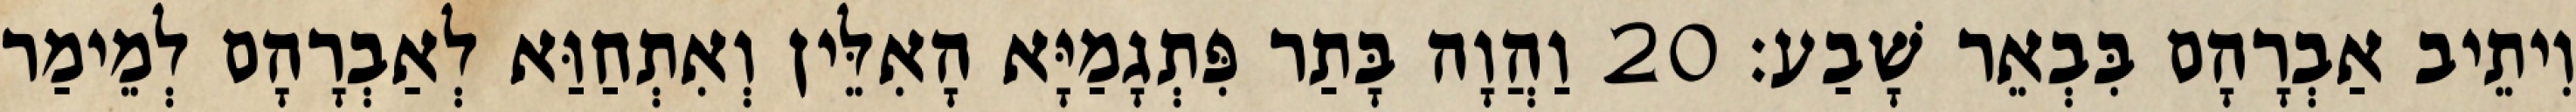
וִיתֵיב אַבְרָהָם בִּבְאֵר שָׁבַע׃ 20 וַהֲוָה בָּתַר פִּתְגָמַיָּא הָאִלֵּין וְאִתְחַוַּא לְאַבְרָהָם לְמֵימַר